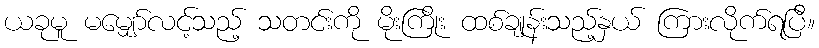
ယခုမူ မမျှော်လင့်သည့် သတင်းကို မိုးကြိုး ထစ်ချုန်းသည့်နှယ် ကြားလိုက်ရပြီ။